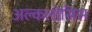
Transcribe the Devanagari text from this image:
अल्कलोसिस